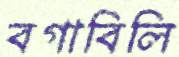
বগাবিলি